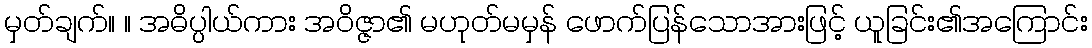
မှတ်ချက်။ ။ အဓိပ္ပါယ်ကား အဝိဇ္ဇာ၏ မဟုတ်မမှန် ဖောက်ပြန်သောအားဖြင့် ယူခြင်း၏အကြောင်း